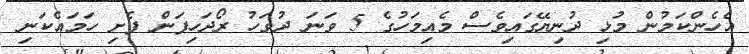
އެހެންކަމުން މުޅި ދުނިޔޭގައިވެސް މެއިމަހުގެ 5 ވަނަ ދުވަހު ރޯދަހިފަން ފެށި ހަމައެކަނި